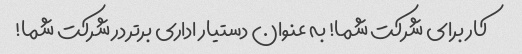
کار برای شرکت شما! به عنوان دستیار اداری برتر در شرکت شما!